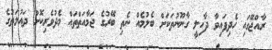
ރާއްޖޭގައި ހެދިފައިވާ ދާހިލީ ގާނޫނުތަކަށް ބެލުމެއް ނެތި ބޭރުގެ ޖަމާއަތްތައް މެދުވެރިކޮށް ދައުލަތުގެ